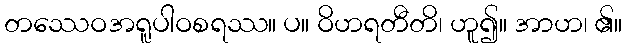
တဿေဝအရူပါဝစရဿ။ ပ။ ဝိဟရတီတိ၊ ဟူ၍။ အာဟ၊ ၏။